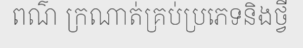
ពណ៌ ក្រណាត់គ្រប់ប្រភេទនិងថ្វី